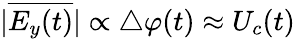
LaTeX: |\overline{{E_{y}(t)}}|\propto\triangle\varphi(t)\approx U_{c}(t)